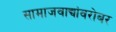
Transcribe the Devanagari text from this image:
सामाजवाद्यांवरोबर